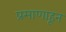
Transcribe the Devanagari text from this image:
प्रमाणाहून